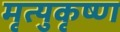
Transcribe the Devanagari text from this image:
मृत्युकृष्ण